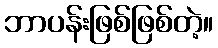
ဘာပန်းဖြစ်ဖြစ်တဲ့။